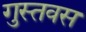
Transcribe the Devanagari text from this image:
गुस्तवस